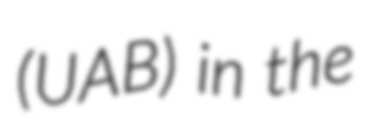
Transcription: (UAB) in the